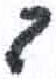
אות: ב